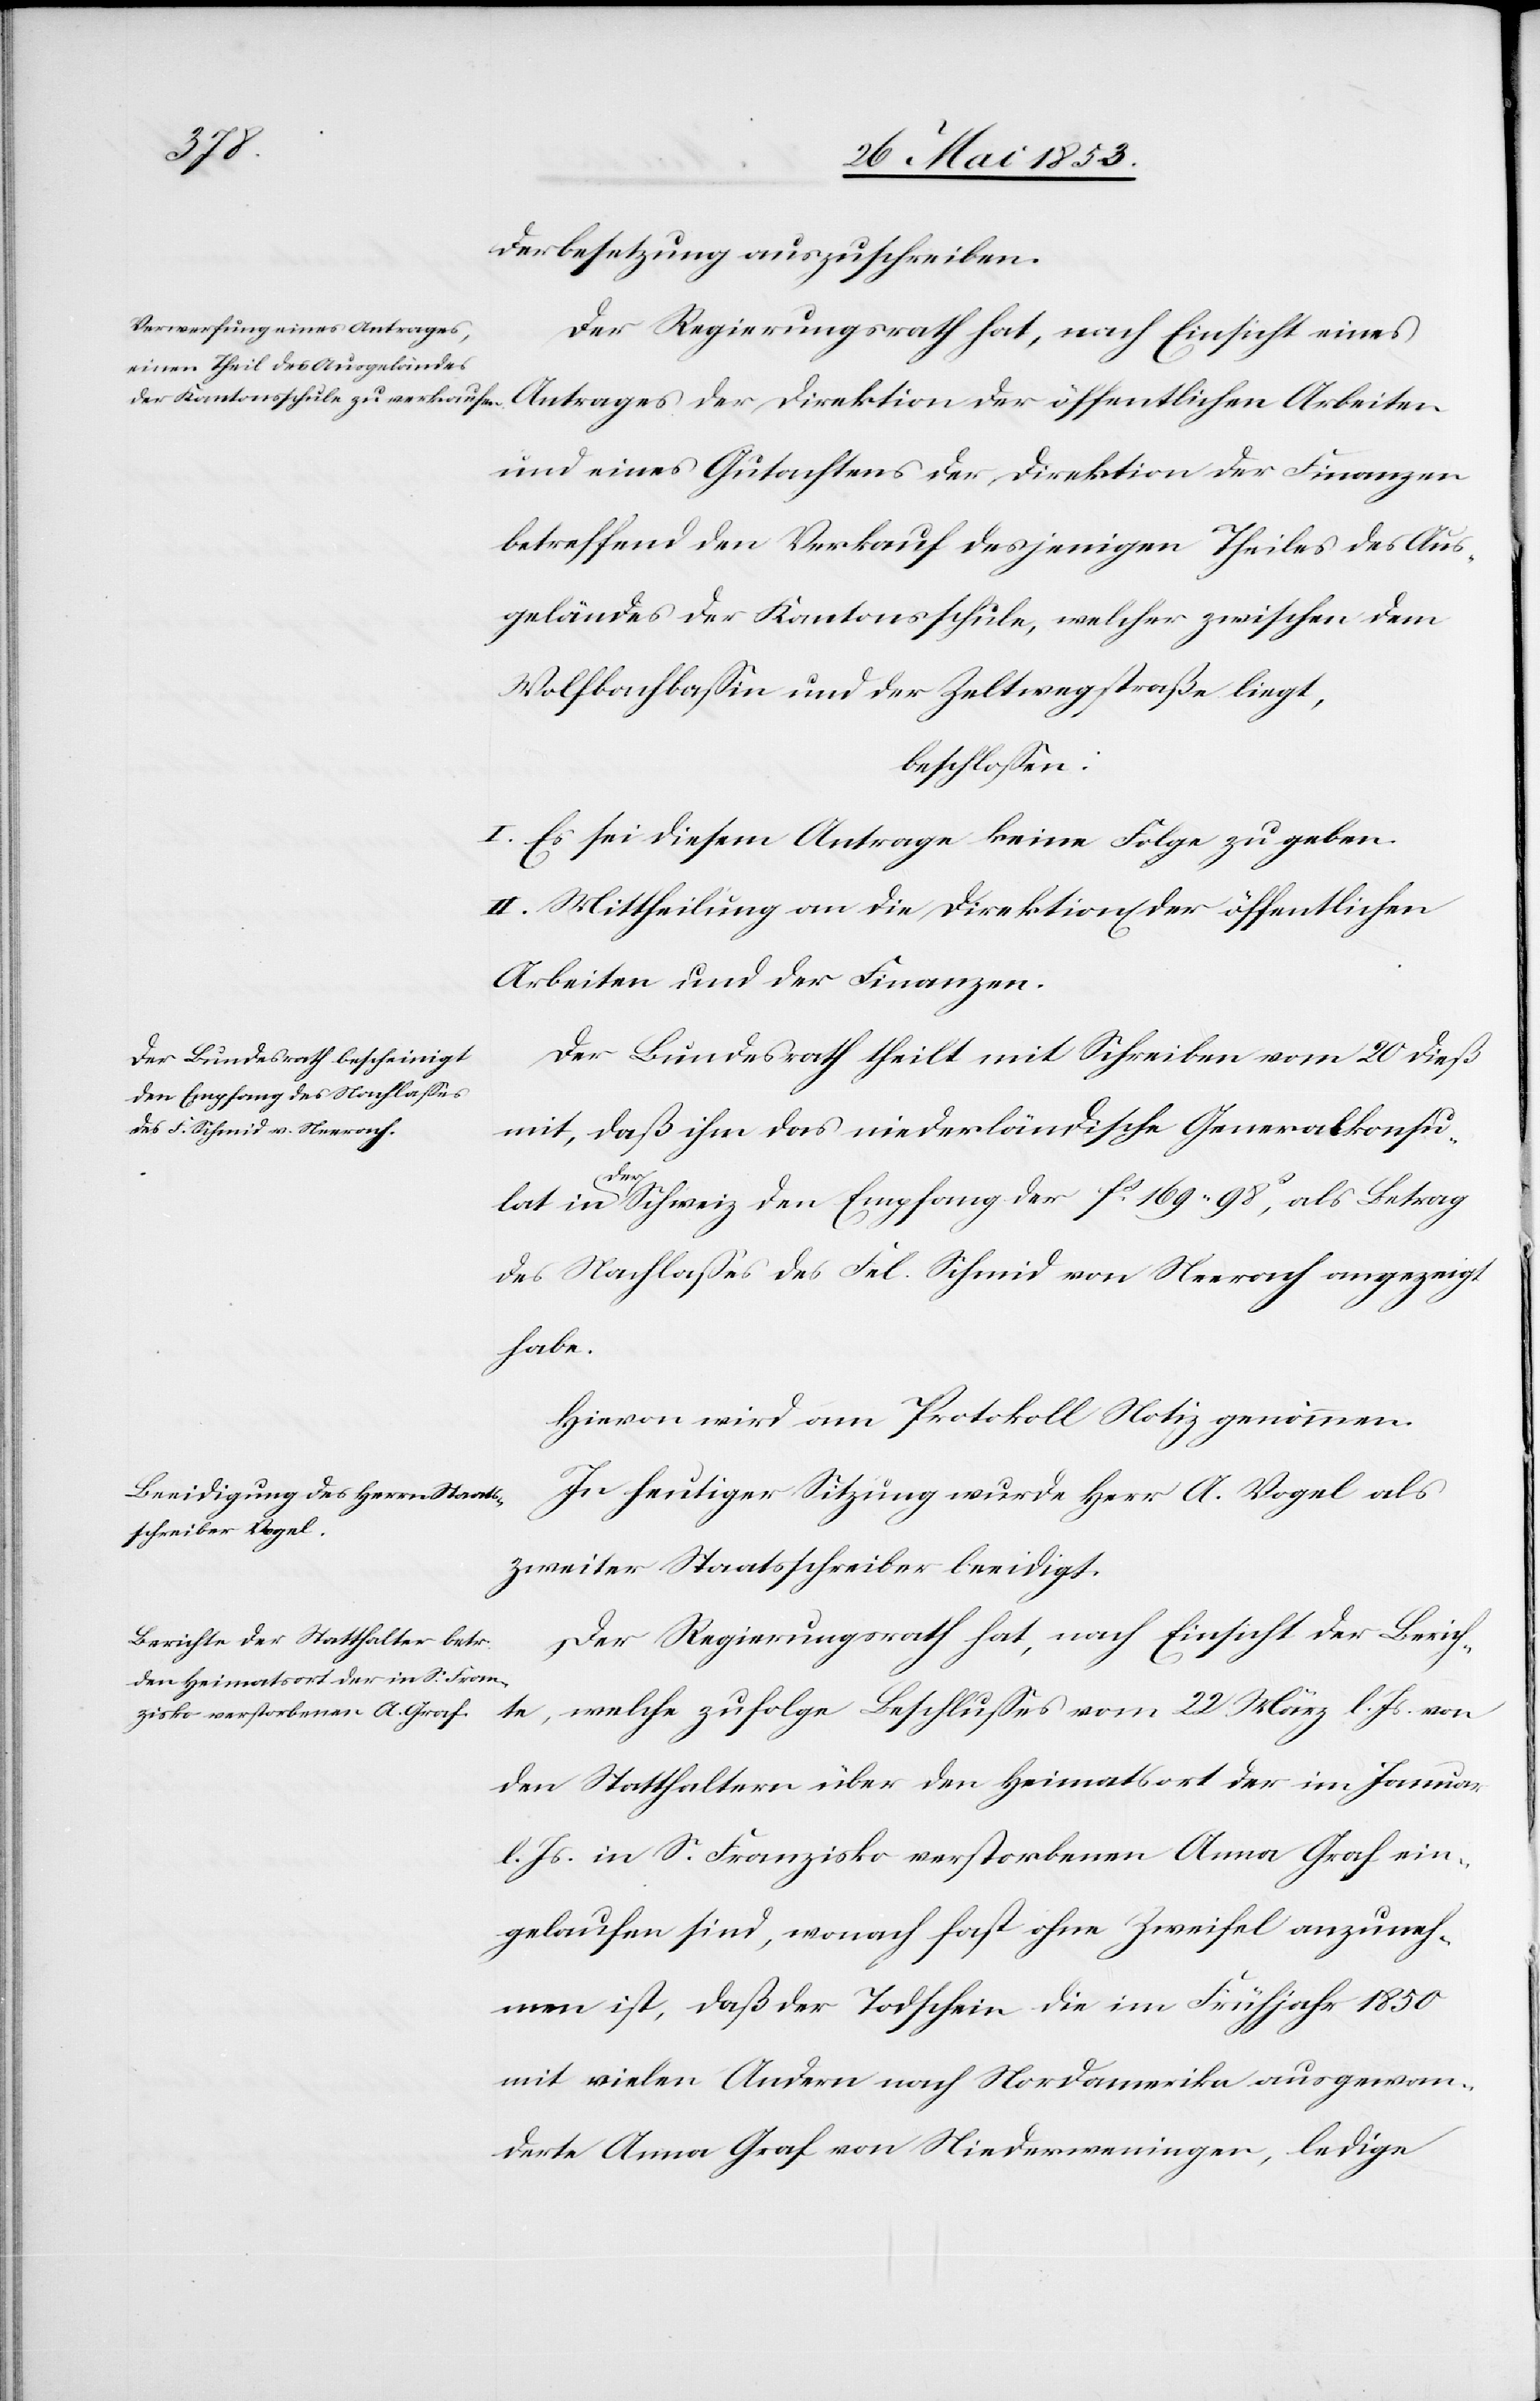
derbesetzung auszuschreiben.
Der Regierungsrath hat, nach Einsicht eines
und eines Gutachten der Direktion der Finanzen
betreffend den Verkauf desjenigen Theiles des Aus¬
geländes der Kantonsschule, welcher zwischen dem
Wolfbachbaßin und der Zeltwegstraße liegt,
beschloßen:
I. Es sei diesem Antrage keine Folge zu geben.
II. Mittheilung an die Direktion[en] der öffentlichen
Arbeiten und Finanzen.
Der Bundesrath theilt mit Schreiben vom 20 dieß
mit, daß ihm das niederländische Generalkonsu¬
der
lat in der Schweiz den Empfang der fs 196. 98r, als Betrag
des Nachlaßes des Fel. Schmid von Neerach angezeigt
habe.
Hievon wird am Protokoll Notiz genommen.
In heutiger Sitzung wurde Herr A. Vogel als
zweiter Staatsschreiber beeidigt.
Der Regierungsrath hat, nach Einsicht der Berich¬
te, welche zu folge Beschlußes vom 22 März l. Js. von
den Statthaltern über den Heimatsort der im Januar
l. Js. in S. Franzisko verstorbenen Anna Graf ein¬
gelaufen sind, wonach fast ohne Zweifel anzuneh¬
men ist, daß der Todschein die im Frühjahr 1850
mit vielen Andern nach Nordamerika ausgewan¬
derte Anna Graf von Niederweningen, ledige